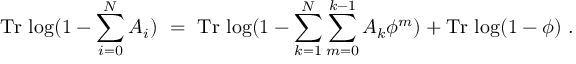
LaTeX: \mathrm { T r } \, \log ( 1 - \sum _ { i = 0 } ^ { N } A _ { i } ) ~ = ~ \mathrm { T r } \, \log ( 1 - \sum _ { k = 1 } ^ { N } \sum _ { m = 0 } ^ { k - 1 } A _ { k } \phi ^ { m } ) + \mathrm { T r } \, \log ( 1 - \phi ) ~ .